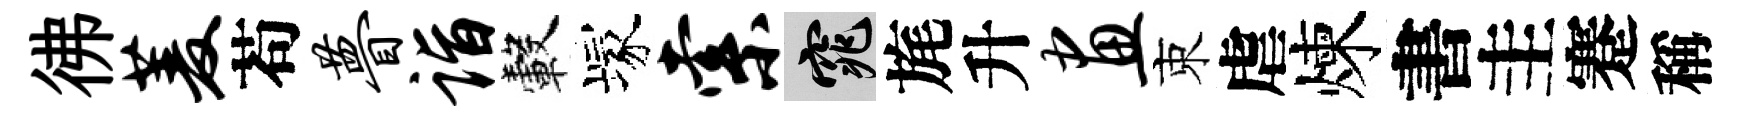
彿菱苟瞢诣轂塚索窕旄升画束虐煉書圭蹇稱